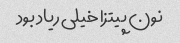
نون پیتزا خیلی ریاد بود